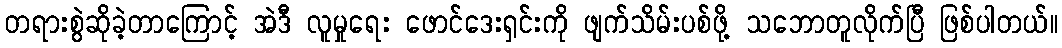
တရားစွဲဆိုခဲ့တာကြောင့် အဲဒီ လူမှုရေး ဖောင်ဒေးရှင်းကို ဖျက်သိမ်းပစ်ဖို့ သဘောတူလိုက်ပြီ ဖြစ်ပါတယ်။